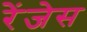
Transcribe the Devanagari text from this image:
रेंजेस